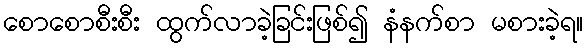
စောစောစီးစီး ထွက်လာခဲ့ခြင်းဖြစ်၍ နံနက်စာ မစားခဲ့ရ။